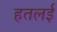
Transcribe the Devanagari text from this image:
हतलई